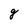
Character: g